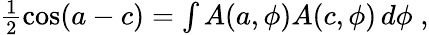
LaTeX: \begin{array}{r}{\frac{1}{2}\cos(a-c)=\int A(a,\phi)A(c,\phi)\, d\phi\; ,}\end{array}